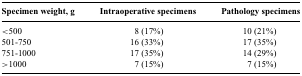
<table><thead><tr><td><b>Specimen weight, g</b></td><td><b>Intraoperative specimens</b></td><td><b>Pathology specimens</b></td></tr></thead><tbody><tr><td>&lt;500</td><td>8 (17%)</td><td>10 (21%)</td></tr><tr><td>501-750</td><td>16 (33%)</td><td>17 (35%)</td></tr><tr><td>751-1000</td><td>17 (35%)</td><td>14 (29%)</td></tr><tr><td>&gt;1000</td><td>7 (15%)</td><td>7 (15%)</td></tr></tbody></table>